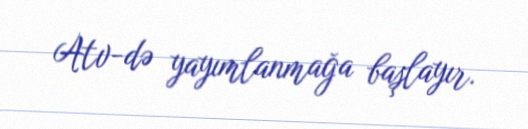
Atv-də yayımlanmağa başlayır.